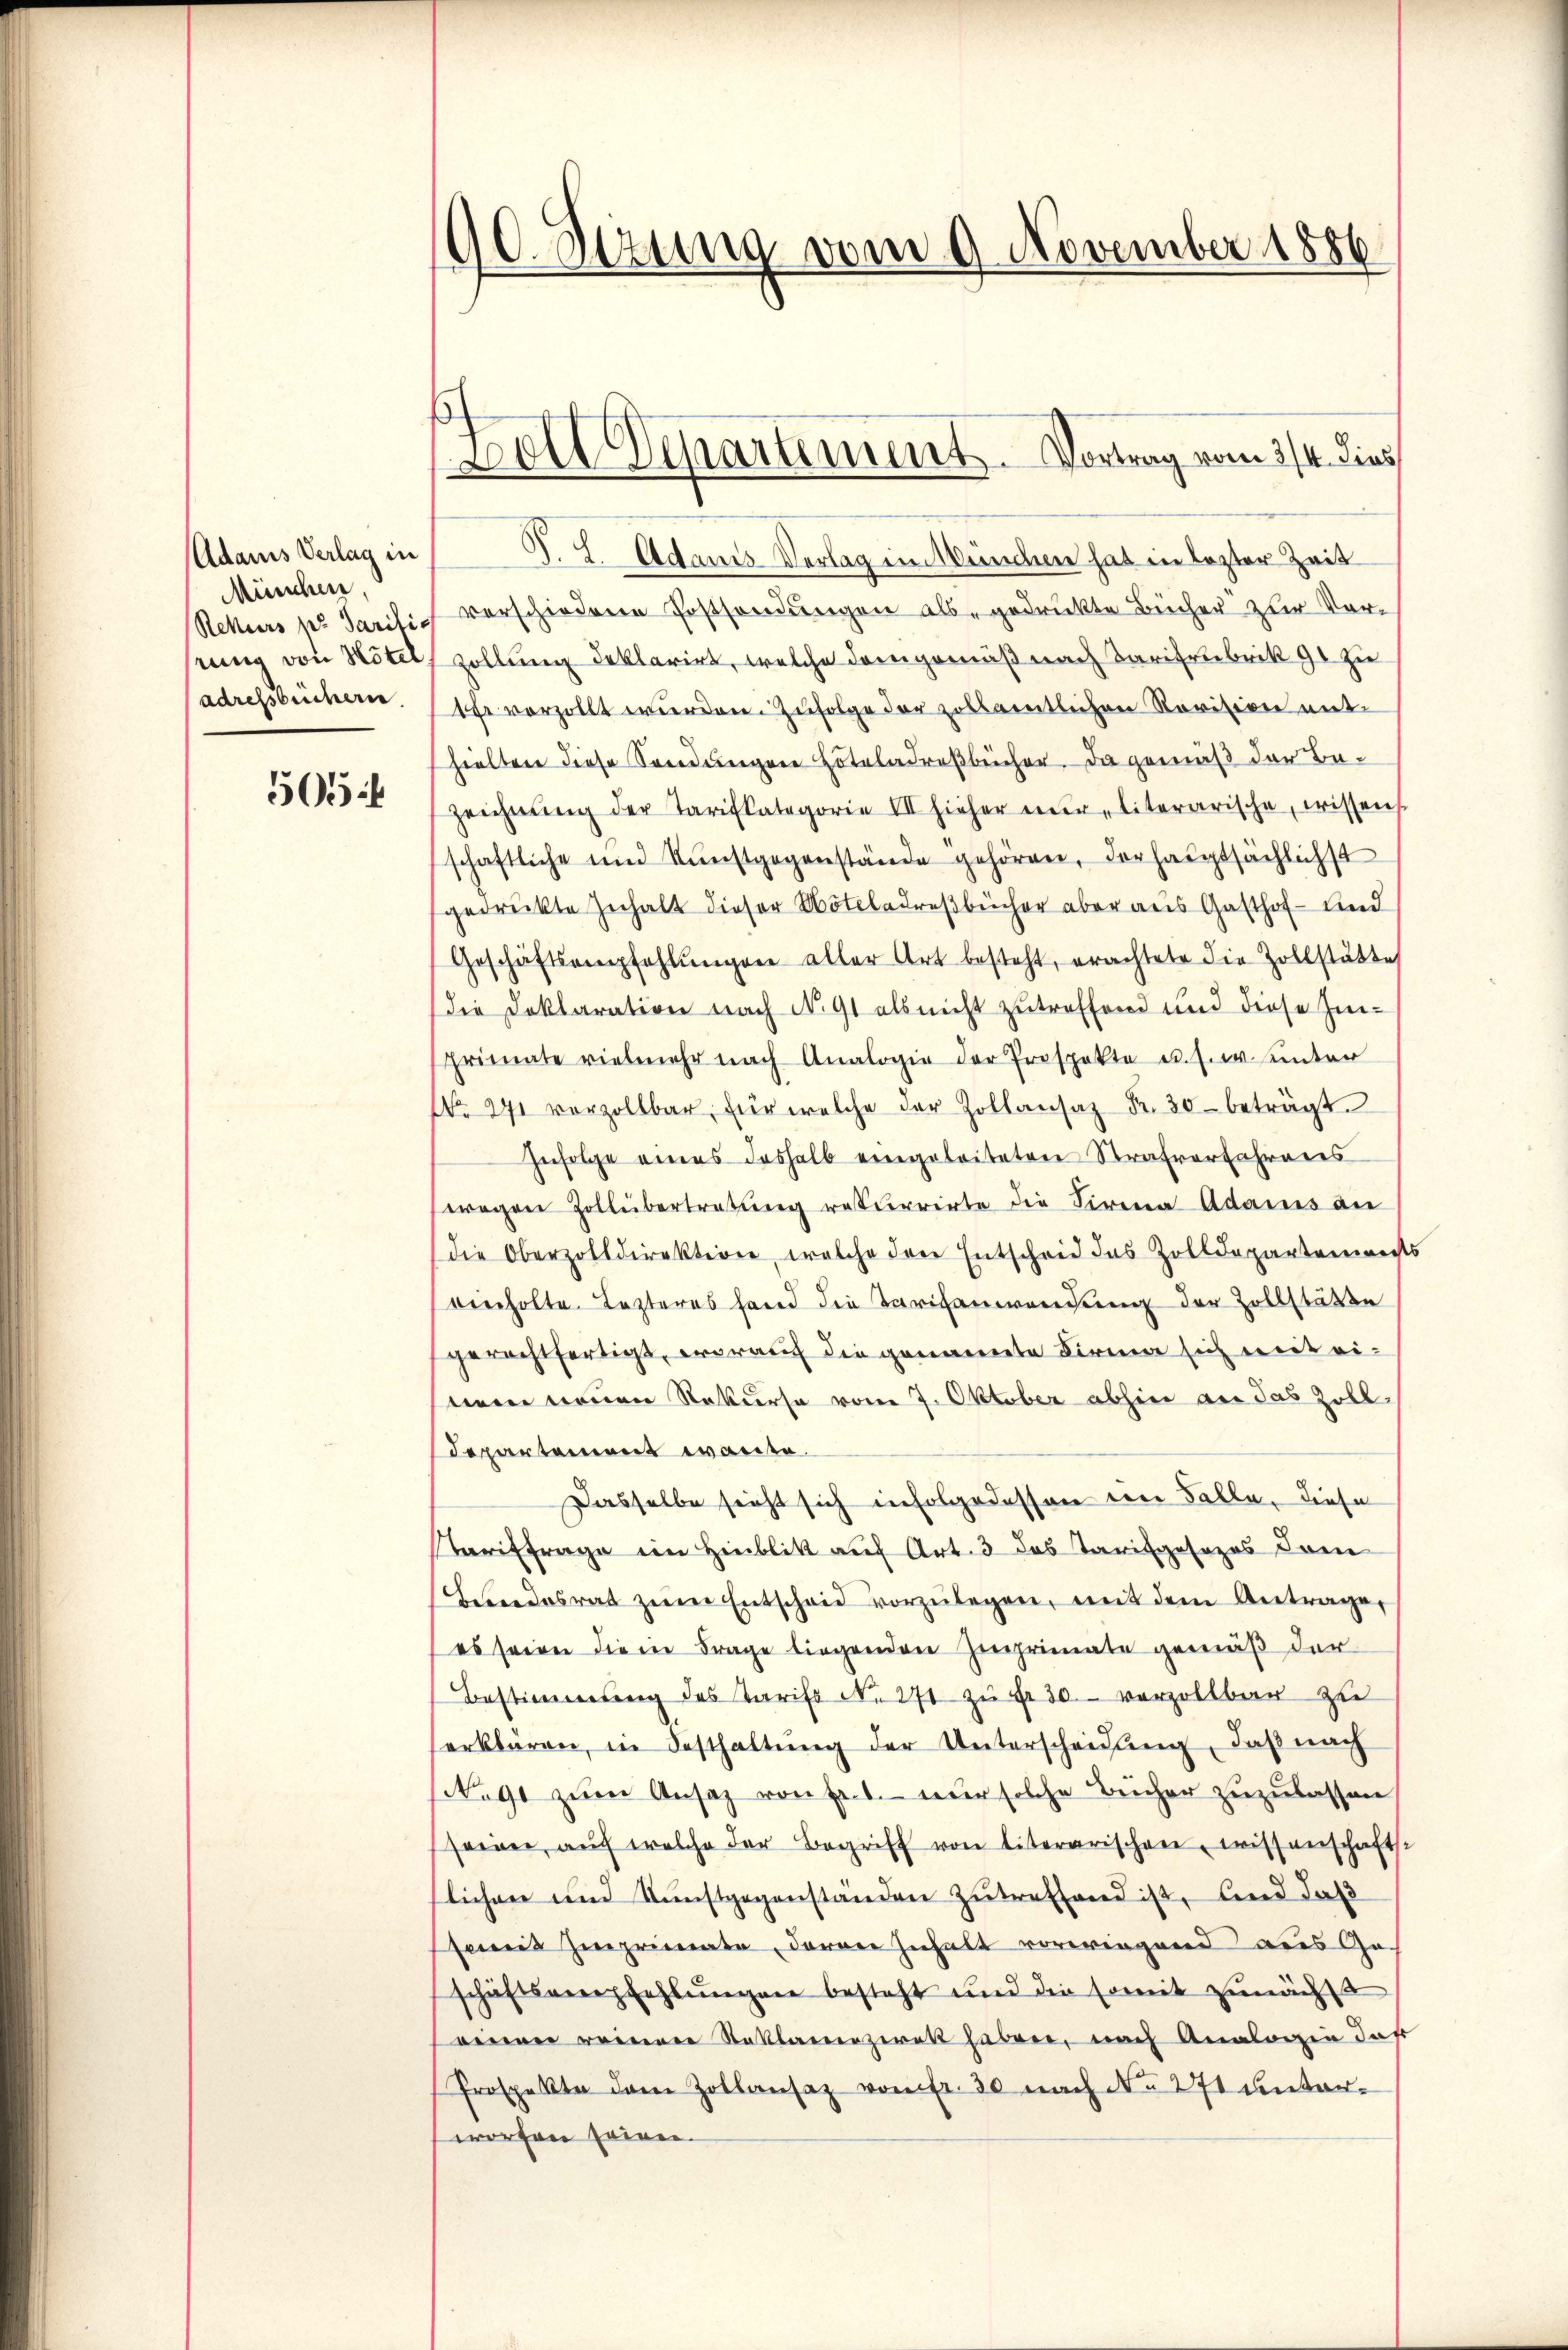
Adams Verlag in
München,
Rekurs pr. Paritis
rung von Hotel

505.

90. Sitzung vom 9. November 1886

Boll Departement. Vortrag vom 3/4. dies

B. J. Adams Verlag in München hat in lezter Zeit
verschiedene Postsendungen als gedruckte Bücher zur Vorzollung deklarirt, welche demgemäß nach Tarifrubrik ge zu
adressbüchern. Ehe vorzollt wurden. Zufolge der zollamtlichen Revision mithielten diese Sendungen Hoteladreßbücher. Da gemäß der Be¬
Zeichnŭng der Tarifkategorie III hieher nŭr literarische wissens
schaftliche und Kunstgegenstände gehören, der hauptsächlichst
gedruckte Zuhalt dieser Notladreßbücher aber aus Gasthof - und
Geschäftsempfehlŭngen aller Art besteht, erachtete die Zollstätte
die Doktoration nach N. 91 als nicht zutreffend und diese In-
primate vielmehr nach Analogie der Prospekte u. s. w. unter
No. 271 vorzollbar, für welche der Zollansaz Fr. 30. beträgt.
Zufolge eines deshalb eingeleiteten Strafverfahrens
wegen Zollübertretung rekurrirte die Firma Adams an
die Oberzolldirektione, welche der Entscheid das Zolldepartements
vierholte. Lezteres hand die Tarifanwortung der Zollstätte
gerechtfertigt, worauch die genannte Firma sich mit eienen neuen Rekurse vom 7. Oktober abhin an das Zoll
departement warte.
Dasselbe sieht sich infolgedessen im Falle, diese
Tariffrage im Hinblik auf Art. 3 des Tarifgesezes dom
Beendesrat zum Entscheid vorzŭlegen, mit dem Antrage,
es seien die in Frage liegenden Zugrimate gemäß der
Bestimmung des Tarifs N. 271 zŭ Fr. 30. verzollbar zu
erklären, in Besthaltŭng der Unterscheidŭng, daβ nach
No 91 zŭm Ansatz von Ert. nŭr solche Bücher zŭzŭlassen
seiner, aŭch welche der Begriff von literarischen, wissenschafts
flichen und Kunstgegenständen zŭtreffend ist, und daß
semit zuprimate, daran zuhalt vorwiegend aus Goschäftsverpfehlungen besteht und die somit zunächst
weiner weiteren Stoklamenziret haben, nach Analogie daß
Prospekte dem Zollansaz von fr. 30 nach No 271 unterworfen seien.